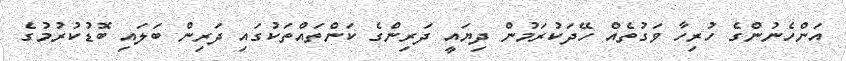
އަންހެނުންގެ ހުރިހާ ވަގުތެއް ހޭދަކުރަމުން ދިޔައީ ދަރިންގެ ކަންތައްތަކުގައި ދަރިން ބަލައި ބޮޑުކުރުމުގެ